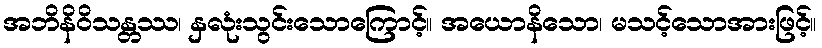
အဘိနိဝိသန္တဿ၊ နှလုံးသွင်းသောကြောင့်။ အယောနိသော၊ မသင့်သောအားဖြင့်။